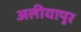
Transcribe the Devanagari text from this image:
अलीयापुर